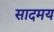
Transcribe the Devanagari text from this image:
सादमय